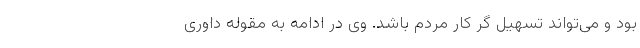
بود و می‌تواند تسهیل گر کار مردم باشد. وی در ادامه به مقوله داوری